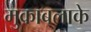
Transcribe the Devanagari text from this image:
मुकाबलाके